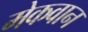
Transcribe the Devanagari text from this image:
मेकवान